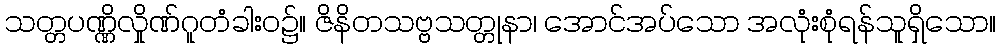
သတ္တပဏ္ဏိလှိုဏ်ဂူတံခါးဝ၌။ ဇိနိတသဗ္ဗသတ္တုနာ၊ အောင်အပ်သော အလုံးစုံရန်သူရှိသော။